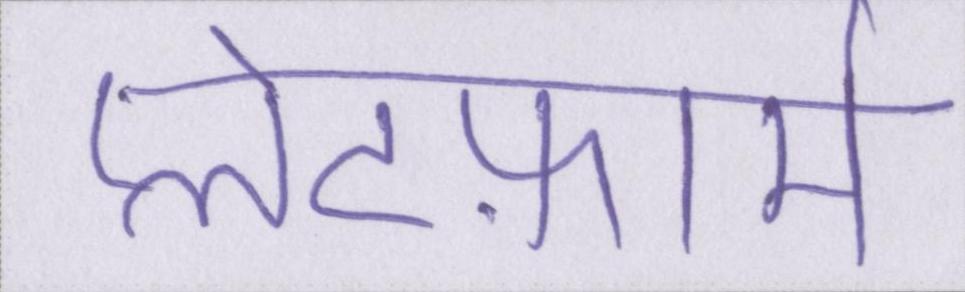
प्लेटफ़ार्म